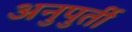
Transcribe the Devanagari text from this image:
अनुपुर्ती